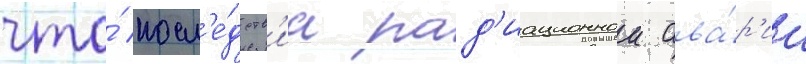
что́ посл'е́дств'иа рад'иационнои ава́р'ии